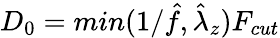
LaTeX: D_{0}=min(1/\hat{f},\hat{\lambda}_{z})F_{cut}